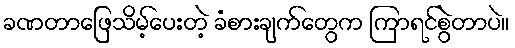
ခဏတာဖြေသိမ့်ပေးတဲ့ ခံစားချက်တွေက ကြာရင်စွဲတာပဲ။